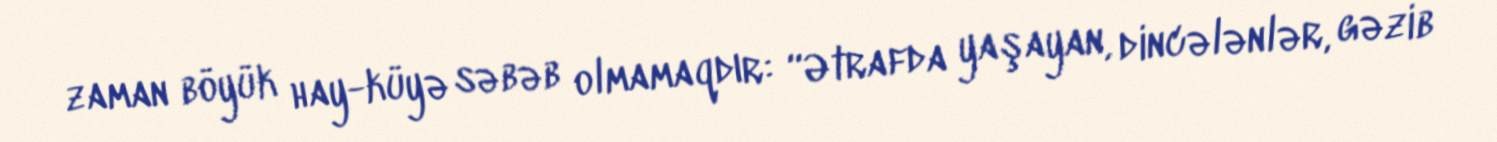
zaman böyük hay-küyə səbəb olmamaqdır: “Ətrafda yaşayan, dincələnlər, gəzib